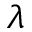
\lambda